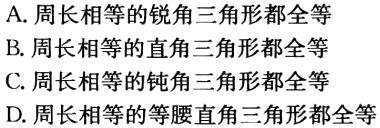
A. 周长相等的锐角三角形都全等
B. 周长相等的直角三角形都全等
C. 周长相等的钝角三角形都全等
D. 周长相等的等腰直角三角形都全等